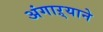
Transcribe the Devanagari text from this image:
अंगाऱ्याने